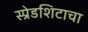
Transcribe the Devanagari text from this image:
स्प्रेडशिटाचा